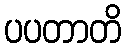
ပပတာတိ